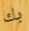
بك